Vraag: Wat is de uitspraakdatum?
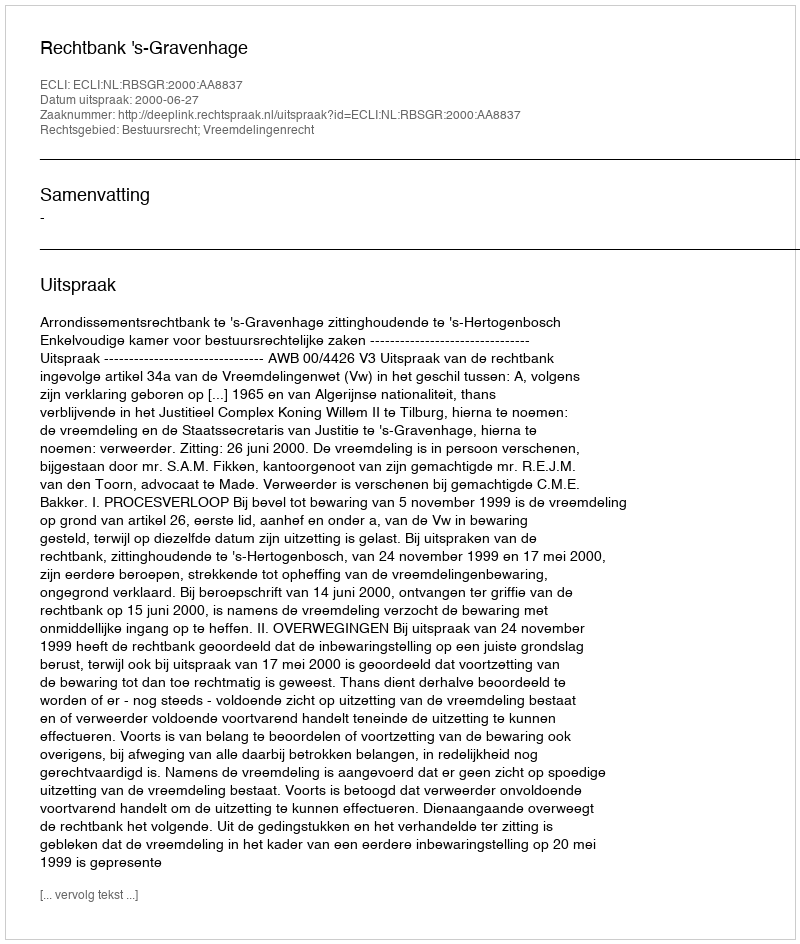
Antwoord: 2000-06-27